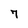
Character: 7